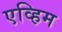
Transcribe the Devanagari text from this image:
एव्हिम